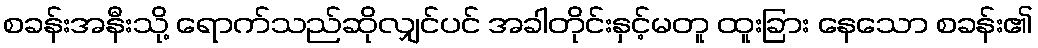
စခန်းအနီးသို့ ရောက်သည်ဆိုလျှင်ပင် အခါတိုင်းနှင့်မတူ ထူးခြား နေသော စခန်း၏